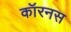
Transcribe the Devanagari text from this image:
कॉरनस